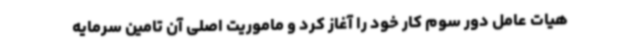
هیات عامل دور سوم کار خود را آغاز کرد و ماموریت اصلی آن تامین سرمایه